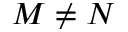
M \neq N